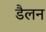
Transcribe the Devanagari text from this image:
डैलन